Report of the Municipal Commissioner on the plague in Bombay for the year ending 31st May... - Volume 3
Disease focus: Plague
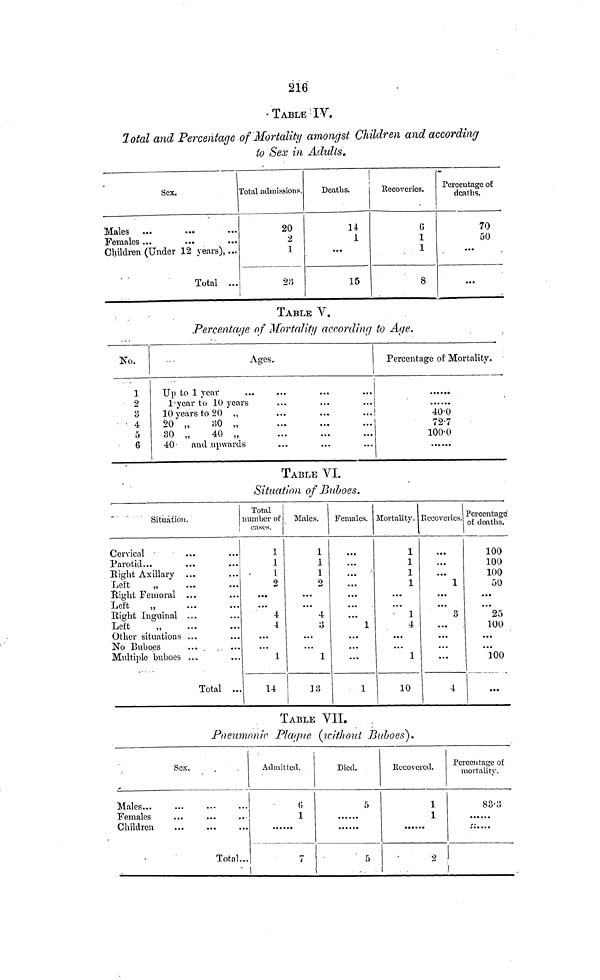
216
TABLE IV.
Total and Percentage of Mortality amongst Children and according
to Sex in Adults.
Sex.
Males
•••
•••
•••
Females ...
Children (Under 12 years), ...
Total ...
Total admissions.
20
2
23
Deaths.
14
1
...
15
Recoveries.
1
1
8
Percentage of
deaths.
70
50
...
TABLE V.
Percentage of Mortality according to Age.
No.
1
2
8
4
5
6
Ages.
Up to 1 year
1'year to 10 years
10 years to 20 „
20 „
80 „
30 „
40 „
40
and upwards
Percentage of Mortality.
40·0
72·7
100·0
TABLE VI.
Situation of Buboes.
Situation.
Cervical •
Parotid...
B,ight Axillary ...
Left
„
Eight Femoral ...
Left
Right Inguinal ...
Left
Other situations ...
No Buboes
.... .. ...
Multiple buboes ...
Total ...
Total
number of
cases.
1
1
1
1
2
...
...
4
4
...
...
1
1.4
Males.
1
1
1
2
...
...
4
o
...
...
1
13
Females.
...
...
...
...
...
...
1
• • •
• • *
...
1
Mortality.
1
1
1
1
...
...
1
4
• • •
• • •
1
10
Recoveries.
...
...
1
...
...
3
...
...
...
...
4
Percentage
of deaths.
100
100
100
50
...
...
25
100
...
...
100
...
TABLE VII.
Pneumonic Plague (without Buboes).
Sex.
Males...
Females
Children
Total...
Admitted.
(5
1
7
!
Died.
5
5
Recovered.
1
1
2
Percentage o£
mortality.
88-3
::....